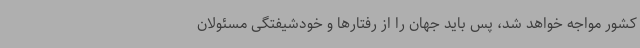
کشور مواجه خواهد شد، پس باید جهان را از رفتارها و خودشیفتگی مسئولان